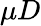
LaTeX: \mu D